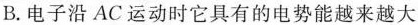
B.电子沿AC运动时它具有的电势能越来越大